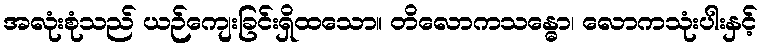
အလုံးစုံသည် ယဉ်ကျေးခြင်းရှိထသော။ တိလောကသန္ဓော၊ လောကသုံးပါးနှင့်